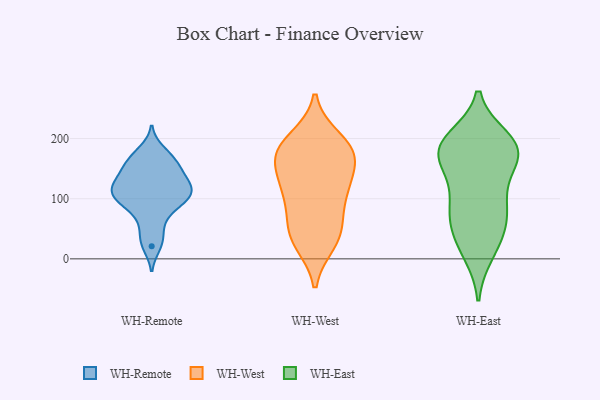
{"axis": {"x": "Temperature (°C)", "y": "Value"}, "legend": ["WH-East", "WH-Remote", "WH-West"], "data": [{"x": "", "y": 143, "type": "WH-Remote"}, {"x": "", "y": 160, "type": "WH-Remote"}, {"x": "", "y": 124, "type": "WH-Remote"}, {"x": "", "y": 165, "type": "WH-Remote"}, {"x": "", "y": 180, "type": "WH-Remote"}, {"x": "", "y": 59, "type": "WH-Remote"}, {"x": "", "y": 131, "type": "WH-Remote"}, {"x": "", "y": 104, "type": "WH-Remote"}, {"x": "", "y": 99, "type": "WH-Remote"}, {"x": "", "y": 21, "type": "WH-Remote"}, {"x": "", "y": 96, "type": "WH-Remote"}, {"x": "", "y": 128, "type": "WH-Remote"}, {"x": "", "y": 101, "type": "WH-Remote"}, {"x": "", "y": 159, "type": "WH-Remote"}, {"x": "", "y": 110, "type": "WH-Remote"}, {"x": "", "y": 80, "type": "WH-Remote"}, {"x": "", "y": 119, "type": "WH-Remote"}, {"x": "", "y": 34, "type": "WH-Remote"}, {"x": "", "y": 101, "type": "WH-West"}, {"x": "", "y": 53, "type": "WH-West"}, {"x": "", "y": 175, "type": "WH-West"}, {"x": "", "y": 28, "type": "WH-West"}, {"x": "", "y": 198, "type": "WH-West"}, {"x": "", "y": 44, "type": "WH-West"}, {"x": "", "y": 118, "type": "WH-West"}, {"x": "", "y": 182, "type": "WH-West"}, {"x": "", "y": 37, "type": "WH-West"}, {"x": "", "y": 123, "type": "WH-West"}, {"x": "", "y": 114, "type": "WH-West"}, {"x": "", "y": 170, "type": "WH-West"}, {"x": "", "y": 176, "type": "WH-West"}, {"x": "", "y": 172, "type": "WH-West"}, {"x": "", "y": 10, "type": "WH-East"}, {"x": "", "y": 83, "type": "WH-East"}, {"x": "", "y": 139, "type": "WH-East"}, {"x": "", "y": 193, "type": "WH-East"}, {"x": "", "y": 64, "type": "WH-East"}, {"x": "", "y": 20, "type": "WH-East"}, {"x": "", "y": 73, "type": "WH-East"}, {"x": "", "y": 181, "type": "WH-East"}, {"x": "", "y": 199, "type": "WH-East"}, {"x": "", "y": 82, "type": "WH-East"}, {"x": "", "y": 183, "type": "WH-East"}, {"x": "", "y": 181, "type": "WH-East"}, {"x": "", "y": 181, "type": "WH-East"}, {"x": "", "y": 179, "type": "WH-East"}, {"x": "", "y": 39, "type": "WH-East"}, {"x": "", "y": 115, "type": "WH-East"}, {"x": "", "y": 165, "type": "WH-East"}]}